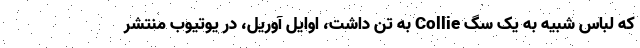
که لباس شبیه به یک سگ Collie به تن داشت، اوایل آوریل، در یوتیوب منتشر